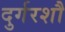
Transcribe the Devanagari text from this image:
दुर्गरशौ